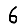
Digit: 6